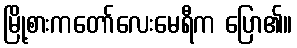
မြို့စားကတော်လေးမေရီက ပြော၏။